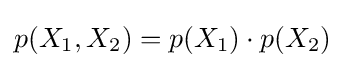
p(X_{1},X_{2})=p(X_{1})\cdot p(X_{2})